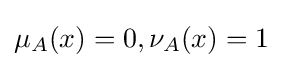
\mu _{A}(x)=0,\nu _{A}(x)=1